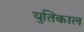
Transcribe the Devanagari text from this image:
युतिकाल